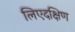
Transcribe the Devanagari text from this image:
लिएदक्षिण